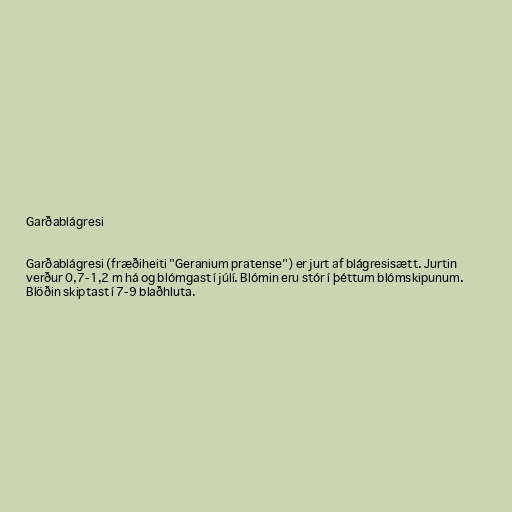
Garðablágresi

Garðablágresi (fræðiheiti "Geranium pratense") er jurt af blágresisætt. Jurtin
verður 0,7-1,2 m há og blómgast í júlí. Blómin eru stór í þéttum blómskipunum.
Blöðin skiptast í 7-9 blaðhluta.